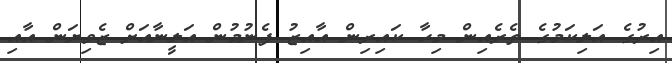
އިރުގެ އަލިކަމުގެ ތެރެއިން މިހާ ކައިރިން އާއިޒު ފެނުމުން އަލީނާއަށް ޒެވިޔަން އާއި